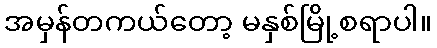
အမှန်တကယ်တော့ မနှစ်မြို့စရာပါ။